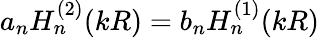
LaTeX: a_{n}H_{n}^{(2)}(kR)=b_{n}H_{n}^{(1)}(kR)